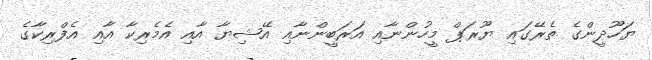
ޔަހޫދީންގެ ތެރޭގައި ޔޫރަޕް މީހުންނާއި އަރަބީންނާއި އޭޝިޔާ އާއި އެމެރިކާ އާއި އެފްރިކާގެ